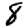
Digit: 8